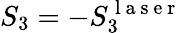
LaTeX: S_{3}=-S_{3}^{\mathrm{~l~a~s~e~r~}}